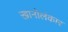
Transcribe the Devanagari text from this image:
खानोलंकार